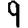
Digit: 9